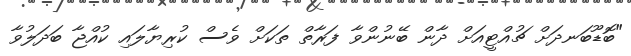
"ބޮޑޫބަނދަށް ޗުއްޓީއަށް ދާން ބޭނުންވާ ފަރާތް ތަކަށް ވެސް ކުރިޔާލައި ކުއްޖާ ބަދަލުވާ